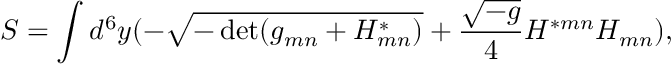
S = \int d ^ { 6 } y ( - \sqrt { - \operatorname * { d e t } ( g _ { m n } + { H } _ { m n } ^ { * } ) } + { \frac { \sqrt { - g } } { 4 } } H ^ { * m n } H _ { m n } ) ,